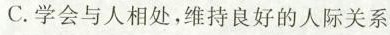
C.学会与人相处，维持良好的人际关系